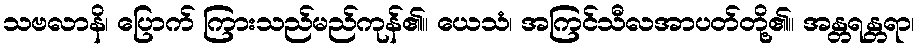
သဗလာနိ၊ ပြောက် ကြားသည်မည်ကုန်၏။ ယေသံ၊ အကြင်သီလအာပတ်တို့၏။ အန္တရန္တရာ၊